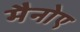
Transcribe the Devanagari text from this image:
मैनोए